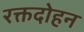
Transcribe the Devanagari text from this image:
रक्तदोहन